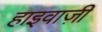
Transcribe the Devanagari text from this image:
हाइवाज़ी